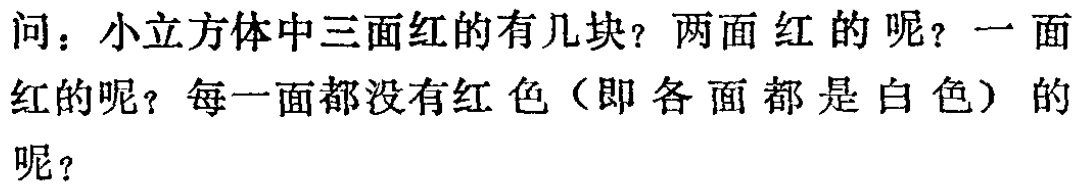
问：小立方体中三面红的有几块？两面红的呢？一面红的呢？每一面都没有红色（即各面都是白色）的呢？